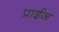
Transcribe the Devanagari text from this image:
प्राईज